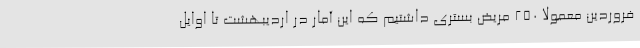
فروردین معمولا 250 مریض بستری داشتیم که این آمار در اردیبهشت تا اوایل